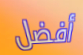
أفضل